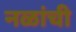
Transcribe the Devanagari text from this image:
नळांची